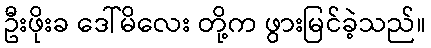
ဦးဖိုးခ ဒေါ်မိလေး တို့က ဖွားမြင်ခဲ့သည်။